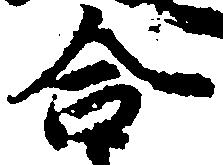
合